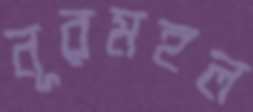
নূরমহল